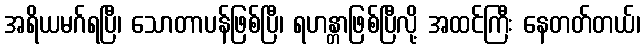
အရိယမဂ်ရပြီ၊ သောတာပန်ဖြစ်ပြီ၊ ရဟန္တာဖြစ်ပြီလို့ အထင်ကြီး နေတတ်တယ်၊